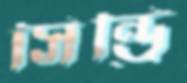
সিন্ড্রি